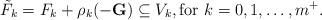
LaTeX: \begin{align*} \tilde{F}_k = F_k + \rho_k(-\mathbf{G}) \subseteq V_k, \textup{for $k = 0,1,\ldots,m^+$}.\end{align*}